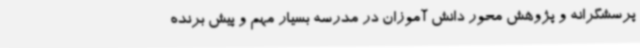
پرسشگرانه و پژوهش محور دانش آموزان در مدرسه بسیار مهم و پیش برنده